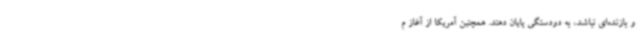
و بازنده‌ای نباشد، به دودستگی پایان دهند. همچنین آمریکا از آغاز م